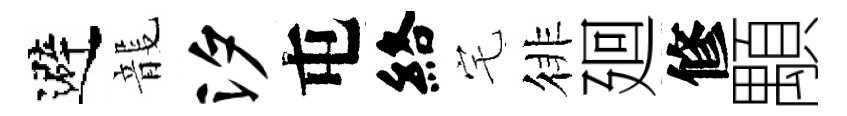
避龍汐屯絡宅徘廻修顒